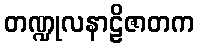
တဏ္ဍုလနာဠိဇာတက